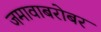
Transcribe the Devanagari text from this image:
जमावाबरोबर